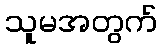
သူမအတွက်